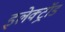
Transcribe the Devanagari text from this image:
इलेक्ट्रॉड